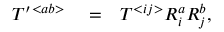
\begin{array} { r l r } { { \cal T } ^ { \prime } { } ^ { < a b > } } & { { } = } & { { \cal T } ^ { < i j > } R _ { i } ^ { a } R _ { j } ^ { b } , } \end{array}